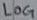
Text: LOG